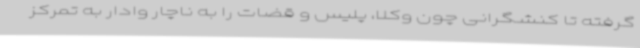
گرفته تا کنشگرانی چون وکلا، پلیس و قضات را به ناچار وادار به تمرکز